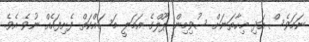
ނަމަވެސް އަދި މިހާތަނަށް ސުވިމިން ޕޫލްގެ އަމަލީ މަސައްކަތް ފެށިފައެއް ނުވެ އެވެ.